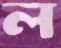
ল